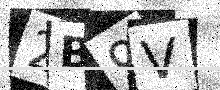
Text: 2B9V